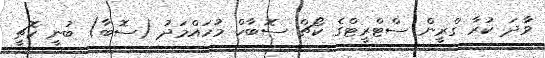
ވާދަ ކުރާ ގްރީން ސްޓްރީޓްގެ ކޯޗް ސޮބާހް މުހައްމަދު (ސޮބާ) ބުނީ ކޮޗީ